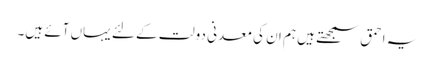
یہ احمق سمجھتے ہیں ہم ان کی معدنی دولت کے لئے یہاں آئے ہیں۔